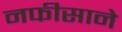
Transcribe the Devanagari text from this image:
नफीसाने